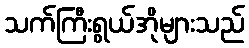
သက်ကြီးရွယ်အိုများသည်